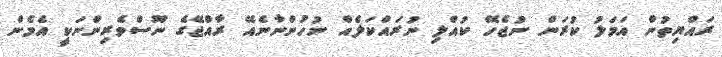
ރައްޔިތުން އަމަލު ކުރަން ނުޖެހޭ ކުއްލި ނުރައްކަލެއް ނުހުންނާނެއޭ ރާއްޖޭގެ ނޫސްވެރިންނަކީ އެެމެން